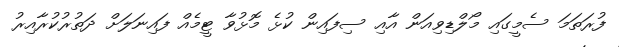
ފުރަތަމަ ސެމީގައި މޯލްޑިވިއަން އާއި ސިފައިން ކުޅެ މޮޅުވާ ޓީމެއް ފައިނަލަށް ދަތުރުކުރާއިރު